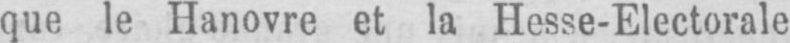
que le Hanovre et la Hesse-Electorale